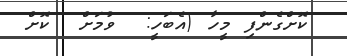
ކޮށްގެންފި މީހާ (އެބަހީ:  ވުމަށް  ކޮށް